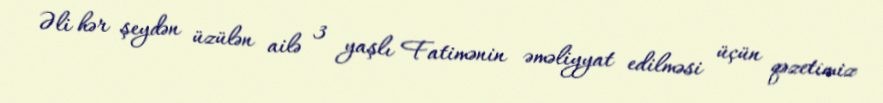
Əli hər şeydən üzülən ailə 3 yaşlı Fatimənin əməliyyat edilməsi üçün qəzetimiz